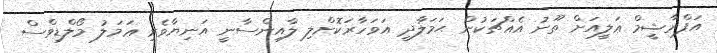
އަފްރާޝީމް ޢަލީއަށް ތޫނު އެއްޗަކުން ޙަމަލާދީ އަވަހާރަކޮށްލި ލާއިންސާނީ އަނިޔާވެރި ޢަމަލު މޯލްޑިވްސް